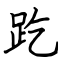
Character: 趷